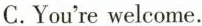
C.You're welcome.